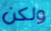
ولكن